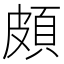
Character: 頗